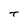
Character: t